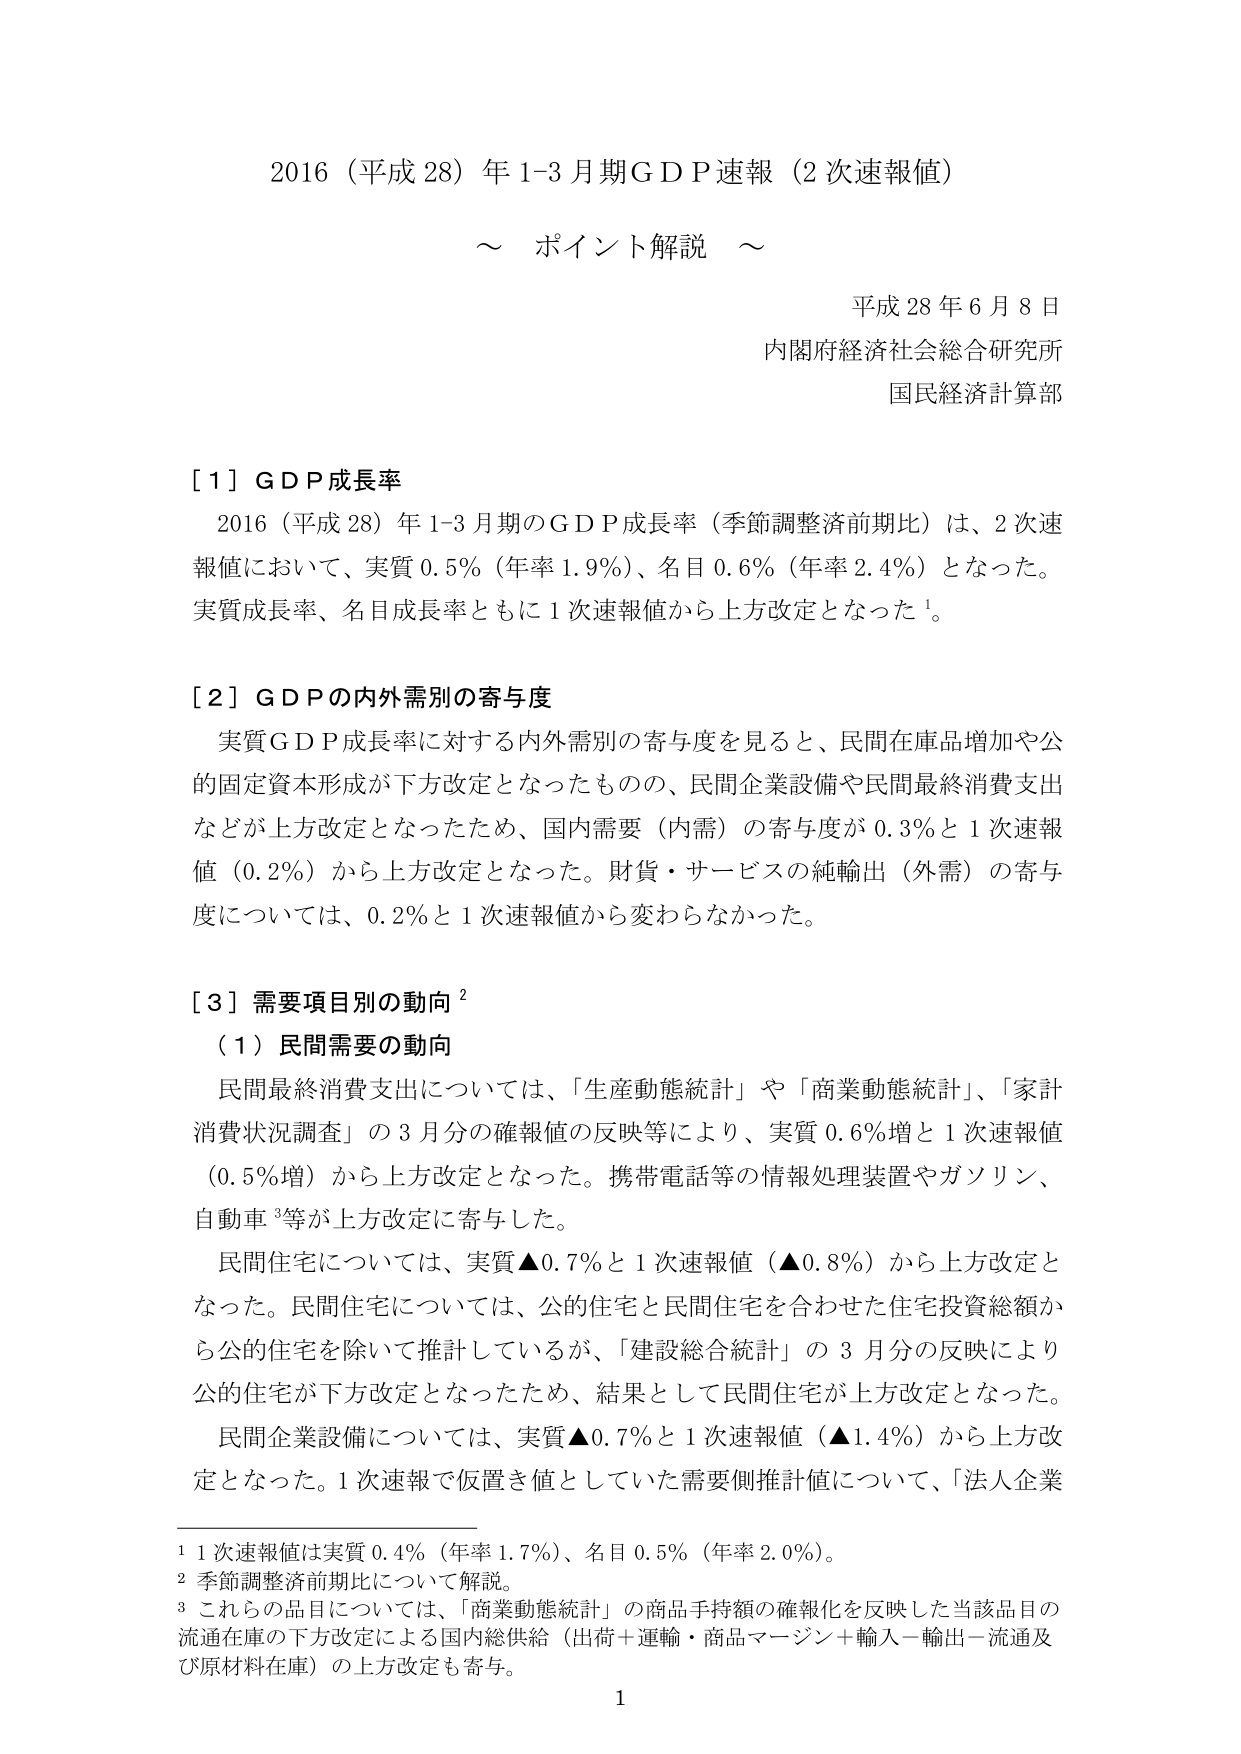
2016（平成28）年1-3月期GDP速報（2次速報値）
～ ポイント解説 ～
平成28年6月8日
内閣府経済社会総合研究所
国民経済計算部

［1］GDP成長率
2016（平成28）年1-3月期のGDP成長率（季節調整済前期比）は、2次速報値において、実質0.5％（年率1.9％）、名目0.6％（年率2.4％）となった。実質成長率、名目成長率ともに1次速報値から上方改定となった¹。

［2］GDPの内外需別の寄与度
実質GDP成長率に対する内外需別の寄与度を見ると、民間在庫品増加や公的固定資本形成が下方改定となったものの、民間企業設備や民間最終消費支出などが上方改定となったため、国内需要（内需）の寄与度が0.3％と1次速報値（0.2％）から上方改定となった。財貨・サービスの純輸出（外需）の寄与度については、0.2％と1次速報値から変わらなかった。

［3］需要項目別の動向²
（1）民間需要の動向
民間最終消費支出については、「生産動態統計」や「商業動態統計」、「家計消費状況調査」の3月分の確報値の反映等により、実質0.6％増と1次速報値（0.5％増）から上方改定となった。携帯電話等の情報処理装置やガソリン、自動車³等が上方改定に寄与した。
民間住宅については、実質▲0.7％と1次速報値（▲0.8％）から上方改定となった。民間住宅については、公的住宅と民間住宅を合わせた住宅投資総額から公的住宅を除いて推計しているが、「建設総合統計」の3月分の反映により公的住宅が下方改定となったため、結果として民間住宅が上方改定となった。
民間企業設備については、実質▲0.7％と1次速報値（▲1.4％）から上方改定となった。1次速報で仮置き値としていた需要側推計値について、「法人企業

¹ 1次速報値は実質0.4％（年率1.7％）、名目0.5％（年率2.0％）。
² 季節調整済前期比について解説。
³ これらの品目については、「商業動態統計」の商品手持額の確報化を反映した当該品目の流通在庫の下方改定による国内総供給（出荷＋運輸・商品マージン＋輸入－輸出－流通及び原材料在庫）の上方改定も寄与。

1